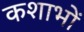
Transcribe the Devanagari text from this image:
कशाभों